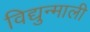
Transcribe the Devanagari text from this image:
विद्युन्माली